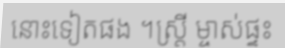
នោះទៀតផង ។ស្ត្រី ម្ចាស់ផ្ទះ